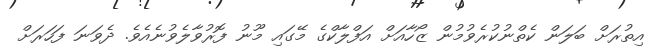
އިތުރަށް ބަލަން ކެތްނުކުރެވުމުން ޒޯހާއަށް އަފްލާކްގެ މޭގައި މޫނު ފޮރުވާލެވުނެއެވެ. ދެވަނަ ފަހަރަށް